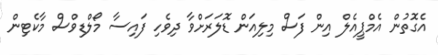
އެގޮތުން އެމްޕީއެލް އިން ފަސް މިލިއަން ޑޮލަރަށްވާ ދިވެހި ފައިސާ މޯލްޑިވްސް މާކެޓިން